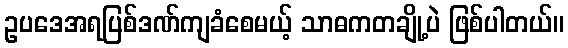
ဥပဒေအရပြစ်ဒဏ်ကျခံစေမယ့် သာဓကတချို့ပဲ ဖြစ်ပါတယ်။